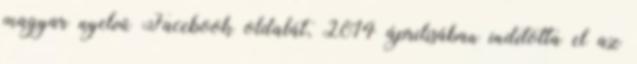
magyar nyelvű Facebook oldalát, 2014 áprilisában indította el az